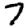
Digit: 7